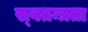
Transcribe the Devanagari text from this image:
स्‍वतन्त्रता